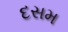
દસમ